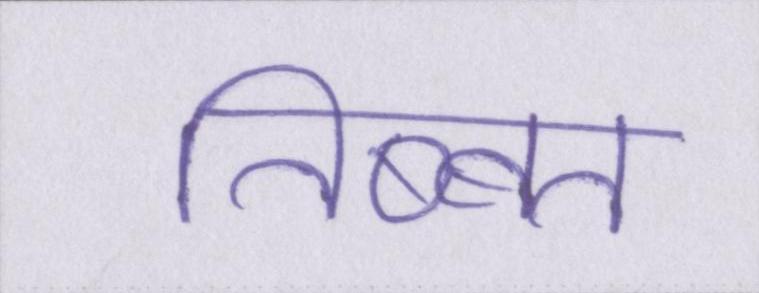
तिब्बत